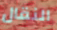
النقال